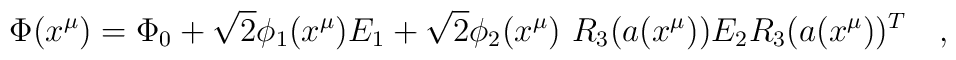
\Phi(x^\mu)=\Phi_0+\sqrt{2}\phi_1(x^\mu) E_1+\sqrt{2}\phi_2(x^\mu)~R_3(a(x^\mu))E_2R_3(a(x^\mu))^T\quad,